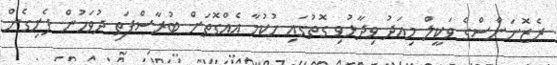
ރެޒޮނަންސްގެ ވަކީލް މިއަދު ވިދާޅުވި ގޮތުގައި ހުކުމާ އެއްގޮތަށް ބުރާސްފަތި ދުވަހުން ފެށިގެން